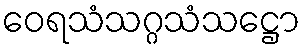
ဝေရသံသဂ္ဂသံသဋ္ဌော